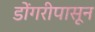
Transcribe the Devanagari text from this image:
डोंगरीपासून